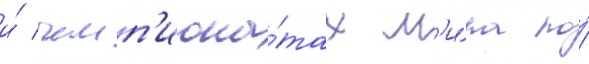
и́ чемп'иона́тах м'и́ра по́